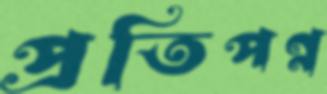
প্রতিপণ্ন